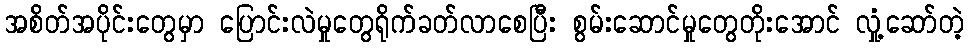
အစိတ်အပိုင်းတွေမှာ ပြောင်းလဲမှုတွေရိုက်ခတ်လာစေပြီး စွမ်းဆောင်မှုတွေတိုးအောင် လှုံ့ဆော်တဲ့